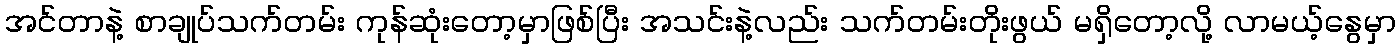
အင်တာနဲ့ စာချုပ်သက်တမ်း ကုန်ဆုံးတော့မှာဖြစ်ပြီး အသင်းနဲ့လည်း သက်တမ်းတိုးဖွယ် မရှိတော့လို့ လာမယ့်နွေမှာ